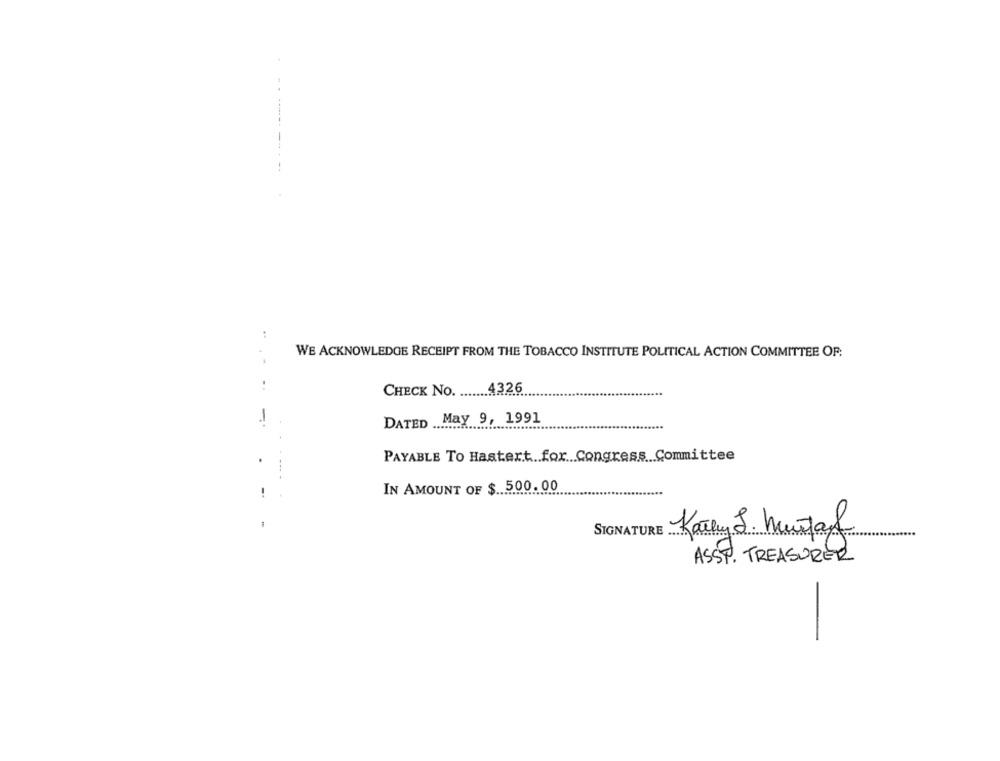
..
WE ACKNOWLEDGE RECEIPT FROM THE TOBACCO INSTITUTE POLITICAL ACTION COMMITTEE OF:
..
CHECK No. ....... 432.6
DATED May 9, 1991
PAYABLE TO Hastert .. for Congress Committee
---- -
IN AMOUNT OF $. 5.00. 00
!
70
Kathy J. Mustaf
SIGNATURE ....
ASST. TREASURER